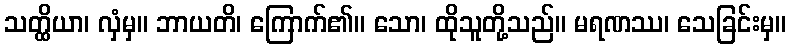
သတ္ထိယာ၊ လှံမှ။ ဘာယတိ၊ ကြောက်၏။ သော၊ ထိုသူတို့သည်။ မရဏဿ၊ သေခြင်းမှ။